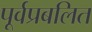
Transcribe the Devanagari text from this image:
पूर्वप्रबलित